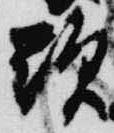
顕